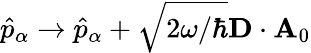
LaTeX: \hat{p}_{\alpha}\rightarrow\hat{p}_{\alpha}+\sqrt{2\omega/\hbar}\mathbf{D}\cdot\mathbf{A}_{0}